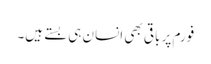
فورم پر باقی بھی انسان ہی بستے ہیں۔